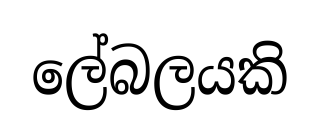
ලේබලයකි